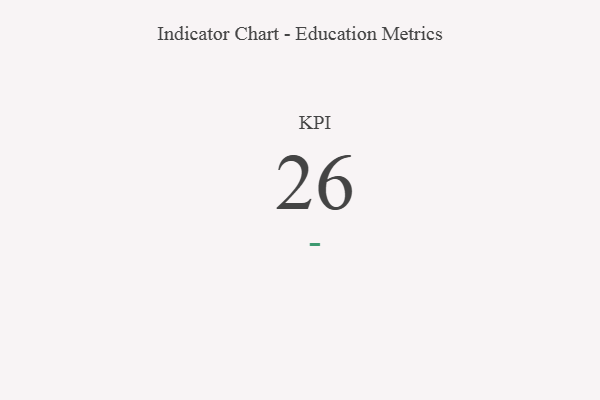
{"axis": {"x": "KPI", "y": "Value"}, "legend": [""], "data": [{"x": "KPI", "y": 26, "type": ""}]}